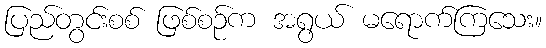
ပြည်တွင်းစစ် ဖြစ်စဉ်က အရွယ် မရောက်ကြသေး။